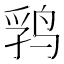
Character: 𱉺